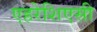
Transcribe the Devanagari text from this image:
एहरेशिएसी